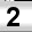
Digit: 2